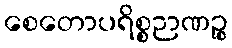
စေတောပရိစ္စဉာဏဉ္စ